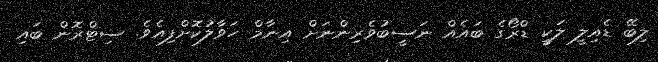
ލިބޭ ޑެއިލީ ލަކީ ޑްރޯގެ ބައެއް ނަސީބުވެރިންނަށް އިނާމް ހަވާލުކޮށްފިއެވެ. ސިޓްރޮން ބައި